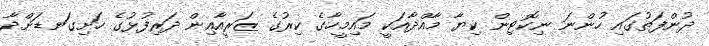
ދުންފަތުގައި ހުންނަ ނިކޮޓިން ކިޔާ މާއްދާއަކީ މައިމީހާގެ ކިރުގެ ޒަރީއާއިން ދަރިފުޅުގެ ހަށިގަނޑަށްދާ